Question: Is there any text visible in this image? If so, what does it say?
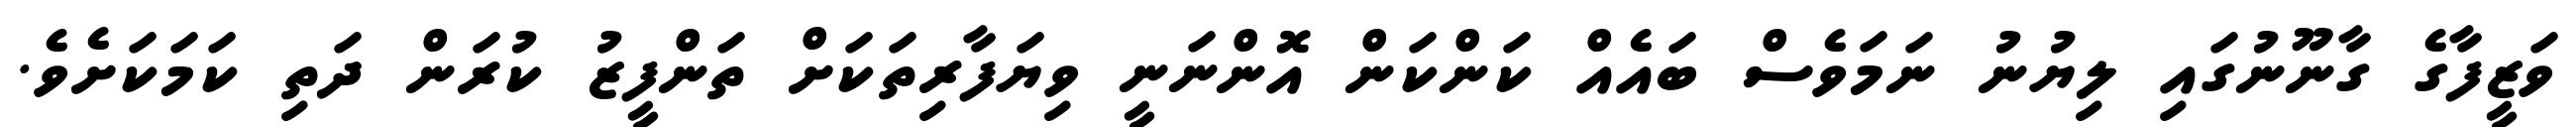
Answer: ވަޒީފާގެ ގާނޫނުގައި ލިޔުނު ނަމަވެސް ބައެއް ކަންކަން އޮންނަނީ ވިޔަފާރިތަކަށް ތަންފީޒު ކުރަން ދަތި ކަމަކަށެވެ.